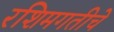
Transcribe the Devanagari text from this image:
रशिमगतीचे